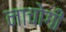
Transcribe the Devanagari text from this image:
नाचोगी